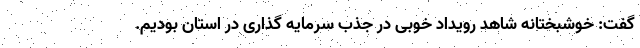
گفت: خوشبختانه شاهد رویداد خوبی در جذب سرمایه گذاری در استان بودیم.